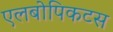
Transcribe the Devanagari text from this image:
एलबोपिकटस